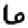
Digit: 6